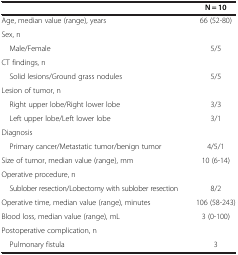
|  | N = 10 |
 | --- | --- |
 | Age, median value (range), years | 66 (52-80) |
 | Sex, n |  |
 | Male/Female | 5/5 |
 | CT findings, n |  |
 | Solid lesions/Ground grass nodules | 5/5 |
 | Lesion of tumor, n |  |
 | Right upper lobe/Right lower lobe | 3/3 |
 | Left upper lobe/Left lower lobe | 3/1 |
 | Diagnosis |  |
 | Primary cancer/Metastatic tumor/benign tumor | 4/5/1 |
 | Size of tumor, median value (range), mm | 10 (6-14) |
 | Operative procedure, n |  |
 | Sublober resection/Lobectomy with sublober resection | 8/2 |
 | Operative time, median value (range), minutes | 106 (58-243) |
 | Blood loss, median value (range), mL | 3 (0-100) |
 | Postoperative complication, n |  |
 | Pulmonary fistula | 3 |